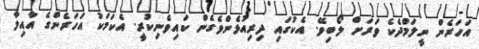
އަހަރެން ނީލަމްދެކެ ވަރަށް ލޯބިވޭ. އެކުގައި ދިރިއުޅެންވެގެން ކައިވެނިކުރީ. އެކަމަކު އަހަރެންގެ އާއިލާ